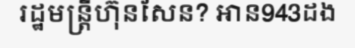
រដ្ឋមន្ត្រីហ៊ុនសែន? អាន943ដង